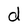
Character: d